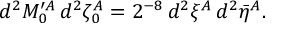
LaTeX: d ^ { 2 } { \cal M } _ { 0 } ^ { \prime A } \, d ^ { 2 } \zeta _ { 0 } ^ { A } = 2 ^ { - 8 } \, d ^ { 2 } \xi ^ { A } \, d ^ { 2 } \bar { \eta } ^ { A } .